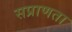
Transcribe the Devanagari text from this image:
सप्राणता